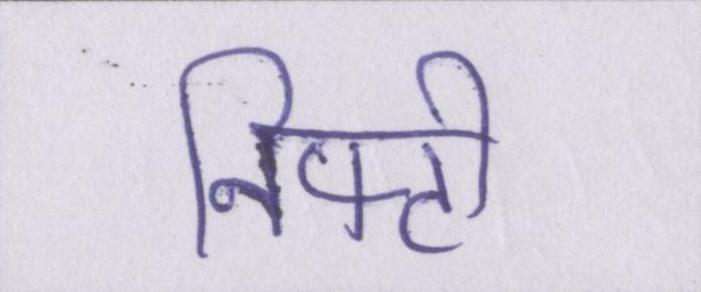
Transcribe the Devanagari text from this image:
निफ्टी